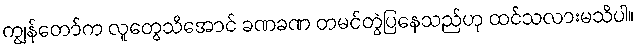
ကျွန်တော်က လူတွေသိအောင် ခဏခဏ တမင်တွဲပြနေသည်ဟု ထင်သလားမသိပါ။